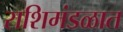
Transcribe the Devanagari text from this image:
राशिमंडळात